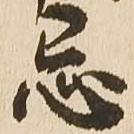
忌